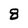
Character: 8